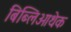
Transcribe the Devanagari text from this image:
बिब्लिओथेक